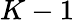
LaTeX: K-1